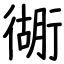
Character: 衚